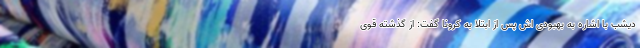
دیشب با اشاره به بهبودی اش پس از ابتلا به کرونا گفت: از گذشته قوی